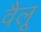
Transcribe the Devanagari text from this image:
वैलू